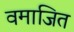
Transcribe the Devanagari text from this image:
वमाजित